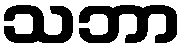
သဘာ